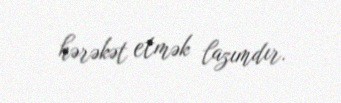
hərəkət etmək lazımdır.